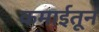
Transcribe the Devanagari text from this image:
कमाईतून